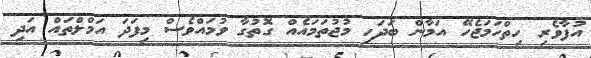
އުފާވެރި ހިތްހަމަޖެހޭ އަމާން ބަދަހި މުޖުތަމައެއް ގޮތުގާ ވުމައްވެސް މިފަދަ އަމްލްތައް އަދި